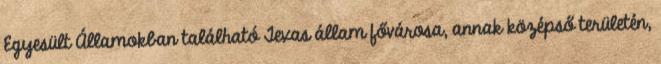
Egyesült Államokban található Texas állam fővárosa, annak középső területén,